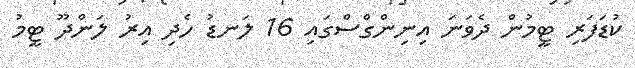
ކުޑަފަރި ޓީމުން ދެވަނަ އިނިންގްސްގައި 16 ލަނޑު ހެދި އިރު ލަންދޫ ޓީމު